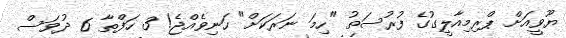
ޔޫވީއަށް ޕްރިމިއާލީގުގެ ފުރުސަތު "ހިމަ ނަރަކަށް" ހަނިވެއްޖެ! 3 ހަފްތާ 6 ދުވަސް